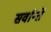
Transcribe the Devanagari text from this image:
सर्वान्ते